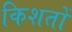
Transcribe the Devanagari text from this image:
किशतों